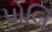
પોલિ